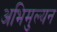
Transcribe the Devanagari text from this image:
अभिमुल्यन